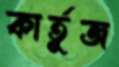
কার্তুজ